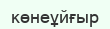
көнеұйғыр